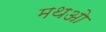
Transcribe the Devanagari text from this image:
मथओ